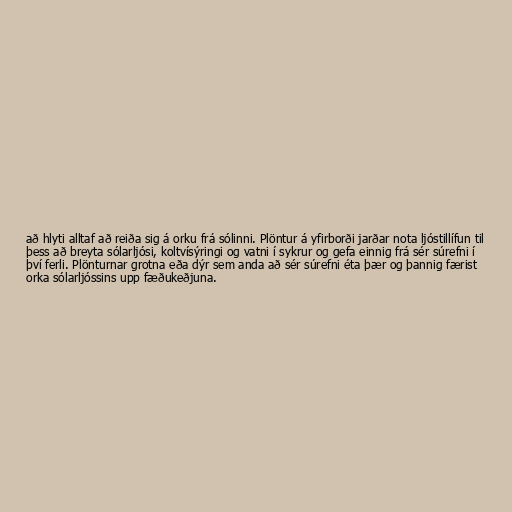
að hlyti alltaf að reiða sig á orku frá sólinni. Plöntur á yfirborði jarðar nota ljóstillífun til
þess að breyta sólarljósi, koltvísýringi og vatni í sykrur og gefa einnig frá sér súrefni í
því ferli. Plönturnar grotna eða dýr sem anda að sér súrefni éta þær og þannig færist
orka sólarljóssins upp fæðukeðjuna.